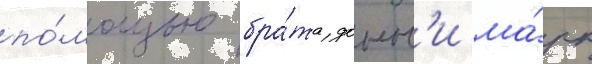
по́мощью бра́та донн'и ма́рк